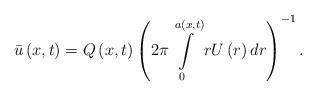
LaTeX: \begin{align*}\bar{u}\left(x,t\right)=Q\left(x,t\right)\left(2\pi\intop_{0}^{a\left(x,t\right)}rU\left(r\right)dr\right)^{-1}.\end{align*}